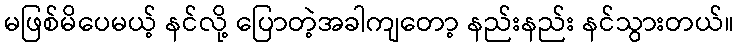
မဖြစ်မိပေမယ့် နင်လို့ ပြောတဲ့အခါကျတော့ နည်းနည်း နင်သွားတယ်။